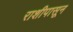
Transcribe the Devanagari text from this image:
राशीपासून